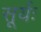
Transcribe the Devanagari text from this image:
सूर्यः